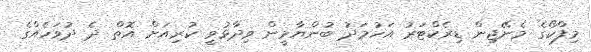
މިފްކޯގެ މެނޭޖިން ޑިރެކްޓަރު އަހުމަދު ބުންޔާމީން ވިދާޅުވީ ކުރިއަށް އޮތް ދެ ދުވަހެއްގެ